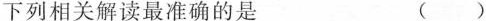
下列相关解读最准确的是 ( )